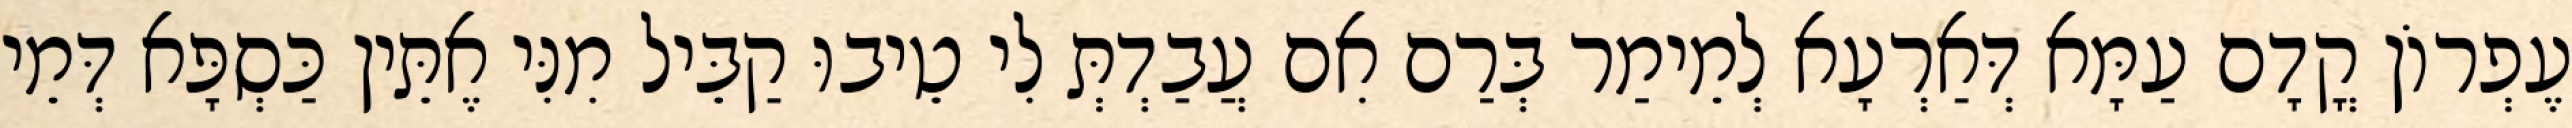
עֶפְרוֹן קֳדָם עַמָּא דְּאַרְעָא לְמֵימַר בְּרַם אִם עֲבַדְתְּ לִי טֵיבוּ קַבֵּיל מִנִּי אֶתֵּין כַּסְפָּא דְּמֵי